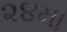
૨૪મા